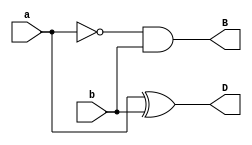
module half_subtractor(input a, b, output D, B);
  assign D = a ^ b;
  assign B = ~a & b;
endmodule